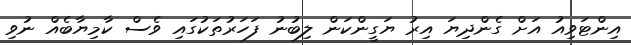
އިންޓަވިއު އަށް ގެންދިޔަ އިރު ޔަގީންކަން ލިބުނު ފަހަރުތަކުގައި ވެސް ކާމިޔާބެއް ނުވި